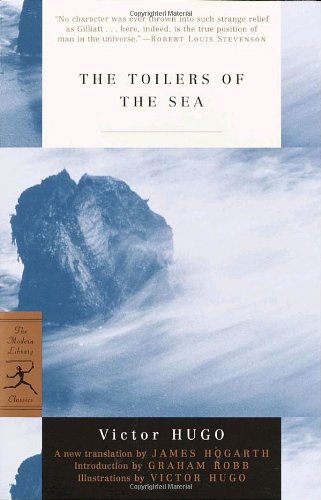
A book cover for The Toilers of the Sea (Modern Library Classics); Victor Hugo; Literature & Fiction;